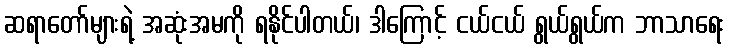
ဆရာတော်များရဲ့ အဆုံးအမကို ရနိုင်ပါတယ်၊ ဒါကြောင့် ငယ်ငယ် ရွယ်ရွယ်က ဘာသာရေး